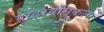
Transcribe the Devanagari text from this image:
युरेटरवेसिकल